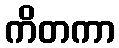
ကိတကာ